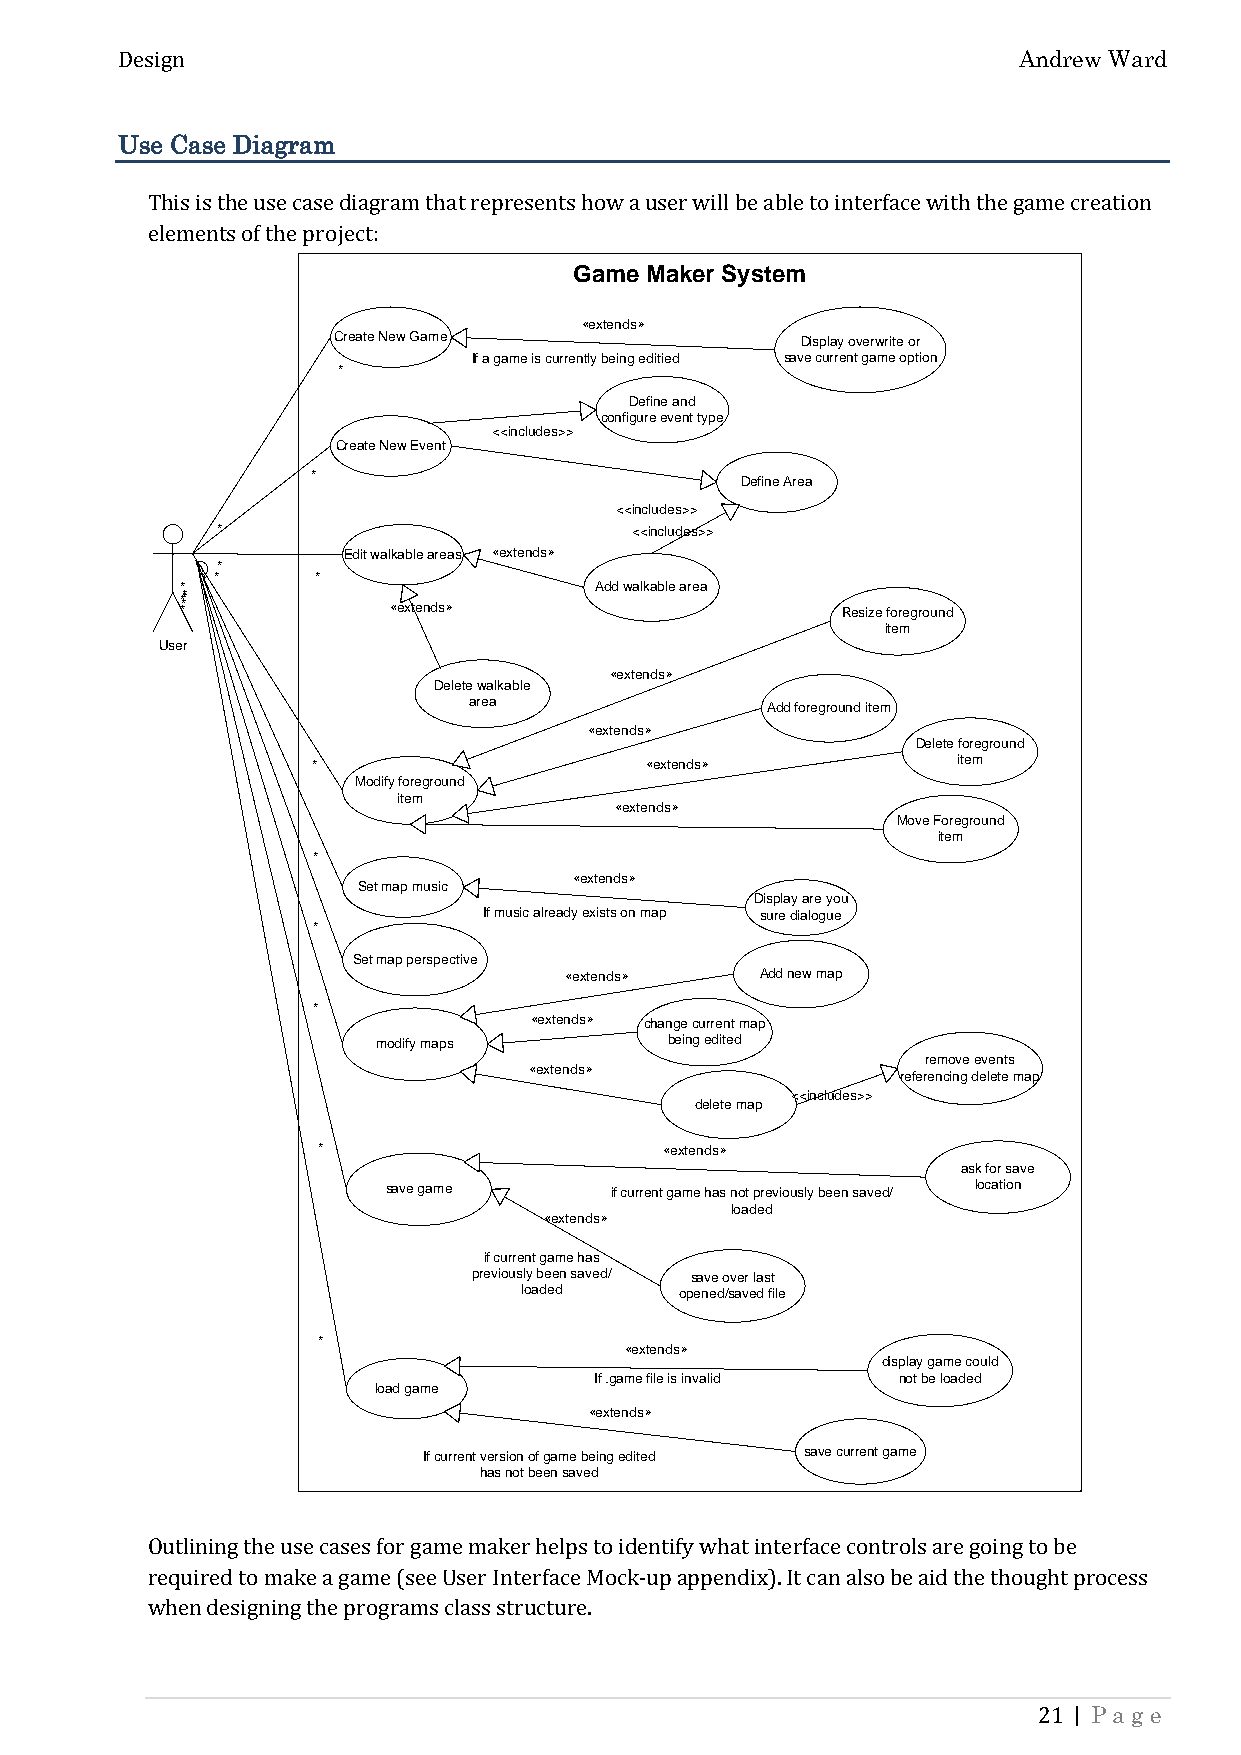
Andrew Ward
 Design
 U se Case Diagram
 This is the use case diagram that represents how a user will be able to interface with the game creation
 Game Maker System
 elements of the project:
 «extends»
 Create New Game                Display overwrite or
 If a game is currently being editied save current game option
 *
 Define and
 configure event type
 <<includes>>
 Create New Event
 *                           Define Area
 <<includes>>
 *                           <<includes>>
 Edit walkable areas «extends»
 *
 *      *
 *                          Add walkable area
 * ****
 «extends»                     Resize foreground
 item
 User
 «extends»
 Delete walkable
 area
 Add foreground item
 «extends»
 Delete foreground
 *                     «extends»           item
 Modify foreground
 item
 «extends»
 Move Foreground
 item
 *
 «extends»
 Set map music
 Display are you
 If music already exists on map sure dialogue
 *
 Set map perspective
 «extends»    Add new map
 *
 «extends» change current map
 modify maps        being edited
 remove events
 «extends»
 referencing delete map
 <<includes>>
 delete map
 *                      «extends»
 ask for save
 save game     if current game has not previously been saved/ location
 loaded
 «extends»
 if current game has
 previously been saved/ save over last
 loaded    opened/saved file
 *
 «extends»
 display game could
 If .game file is invalid not be loaded
 load game
 «extends»
 If current version of game being edited save current game
 has not been saved
 Outlining the use cases for game maker helps to identify what interface controls are going to be
 required to make a game (see User Interface Mock-up appendix). It can also be aid the thought process
 when designing the programs class structure.
 | Page
 21